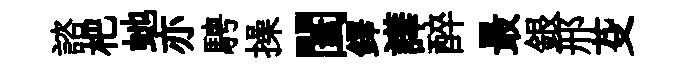
諮杷虵亦騁操闔鐸譁醉最銀邢芟